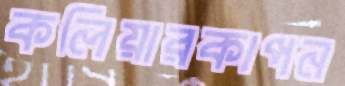
কলিয়ারকাপন